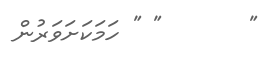
"       " " ހަމަކަށަވަރުން